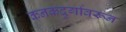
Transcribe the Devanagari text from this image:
कनकदुर्गावरून